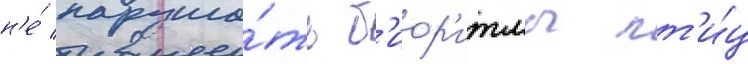
н'е́ наруша́ть б'иор'итмы пт'и́ц